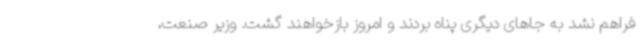
فراهم نشد به جاهای دیگری پناه بردند و امروز بازخواهند گشت. وزیر صنعت،